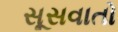
સૂસવાતો